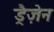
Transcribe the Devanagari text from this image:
ड्रैज़ेन